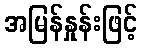
အမြန်နှုန်းဖြင့်